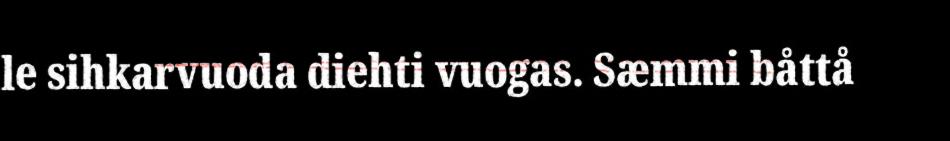
le sihkarvuoda diehti vuogas. Sæmmi båttå